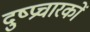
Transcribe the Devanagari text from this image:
दुष्प्रचारकों